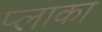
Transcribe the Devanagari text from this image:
प्लाका